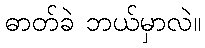
ဓာတ်ခဲ ဘယ်မှာလဲ။